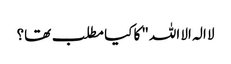
لا الہ الا اللہ" کا کیا مطلب تھا؟